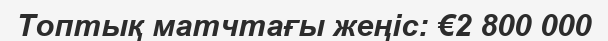
Топтық матчтағы жеңіс: €2 800 000